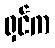
ရှင်က